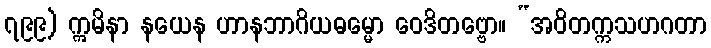
၇၉၉) ဣမိနာ နယေန ဟာနဘာဂိယဓမ္မော ဝေဒိတဗ္ဗော။ “အဝိတက္ကသဟဂတာ